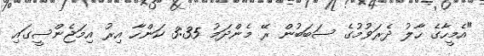
"އެމީހާގެ ހާލު ދެރަވުމުގެ ސަބަބުން ރޭ މެންދަމު 3:35 ކަންހާ އިރު އިމަޖެންސީގައި